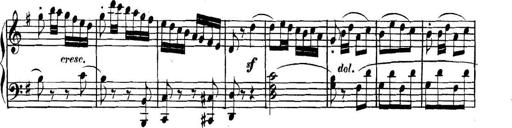
Title: Collected Piano Sonatas
Composer: Muzio Clementi